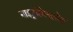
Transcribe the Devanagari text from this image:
नाइट्रोसेलूलोस